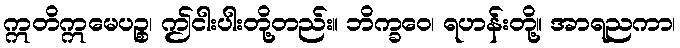
ဣတိဣမေပဉ္စ၊ ဤငါးပါးတို့တည်း။ ဘိက္ခဝေ၊ ရဟန်းတို့။ အာရညကာ၊